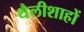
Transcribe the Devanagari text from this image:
थैलीशाहों